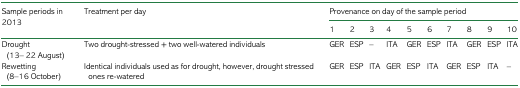
<table><thead><tr><td rowspan="2"><b>Sample periods in 2013</b></td><td rowspan="2"><b>Treatment per day</b></td><td colspan="10"><b>Provenance on day of the sample period</b></td></tr><tr><td><b>1</b></td><td><b>2</b></td><td><b>3</b></td><td><b>4</b></td><td><b>5</b></td><td><b>6</b></td><td><b>7</b></td><td><b>8</b></td><td><b>9</b></td><td><b>10</b></td></tr></thead><tbody><tr><td>Drought (13– 22 August)</td><td>Two drought-stressed + two well-watered individuals</td><td>GER</td><td>ESP</td><td>–</td><td>ITA</td><td>GER</td><td>ESP</td><td>ITA</td><td>GER</td><td>ESP</td><td>ITA</td></tr><tr><td>Rewetting (8–16 October)</td><td>Identical individuals used as for drought, however, drought stressed ones re-watered</td><td>GER</td><td>ESP</td><td>ITA</td><td>GER</td><td>ESP</td><td>ITA</td><td>GER</td><td>ESP</td><td>ITA</td><td>–</td></tr></tbody></table>